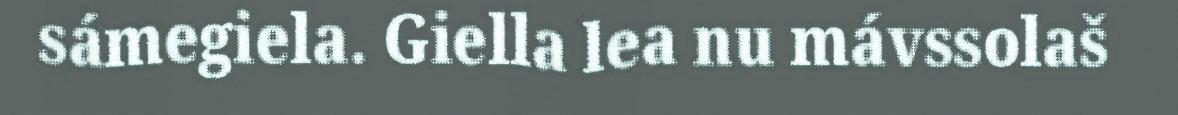
sámegiela. Giella lea nu mávssolaš